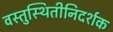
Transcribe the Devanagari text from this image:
वस्तुस्थितीनिदर्शक